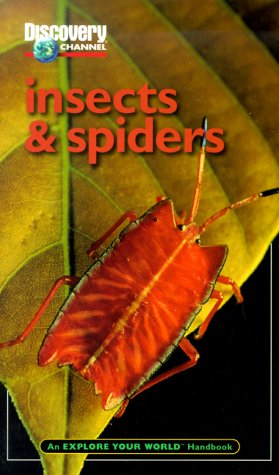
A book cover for Discovery Channel: Insects & Spiders: An Explore Your World Handbook; DAVID J. LEWIS; Sports & Outdoors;